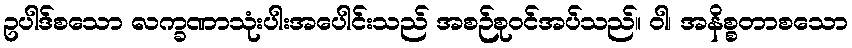
ဥပါဒ်စသော လက္ခဏာသုံးပါးအပေါင်းသည် အစဉ်စုဝင်အပ်သည်။ ဝါ၊ အနိစ္စတာစသော